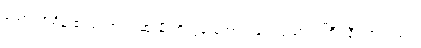
သော်တာစိန် ၏ စကား မဆုံးမီ ကိုထွန်းအောင် မျက်ထောင့် ကြီး နီ လာသည် ။